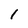
Character: l